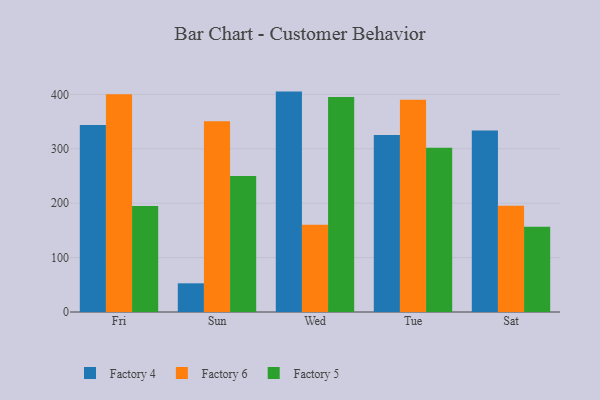
{"axis": {"x": "Day", "y": "Churn Rate (%)"}, "legend": ["Factory 4", "Factory 5", "Factory 6"], "data": [{"x": "Fri", "y": 343.6, "type": "Factory 4"}, {"x": "Fri", "y": 400.2, "type": "Factory 6"}, {"x": "Fri", "y": 194.7, "type": "Factory 5"}, {"x": "Sun", "y": 52.7, "type": "Factory 4"}, {"x": "Sun", "y": 350.6, "type": "Factory 6"}, {"x": "Sun", "y": 249.9, "type": "Factory 5"}, {"x": "Wed", "y": 405.1, "type": "Factory 4"}, {"x": "Wed", "y": 160.2, "type": "Factory 6"}, {"x": "Wed", "y": 395.0, "type": "Factory 5"}, {"x": "Tue", "y": 325.5, "type": "Factory 4"}, {"x": "Tue", "y": 390.3, "type": "Factory 6"}, {"x": "Tue", "y": 302.1, "type": "Factory 5"}, {"x": "Sat", "y": 333.6, "type": "Factory 4"}, {"x": "Sat", "y": 195.5, "type": "Factory 6"}, {"x": "Sat", "y": 156.6, "type": "Factory 5"}]}